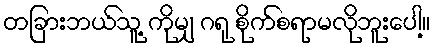
တခြားဘယ်သူ့ ကိုမျှ ဂရု စိုက်စရာမလိုဘူးပေါ့။